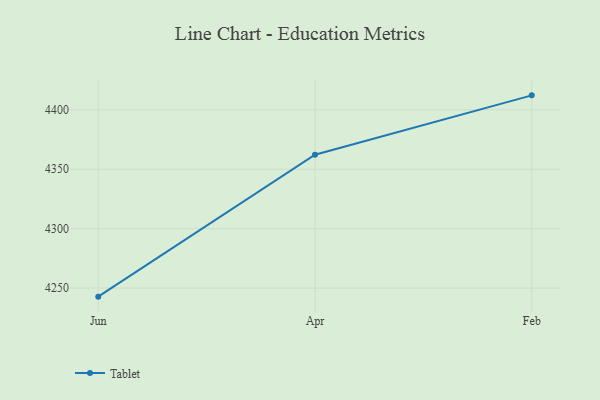
{"axis": {"x": "Month", "y": "Customer Acquisition Cost (USD)"}, "legend": ["Tablet"], "data": [{"x": "Jun", "y": 4242.8, "type": "Tablet"}, {"x": "Apr", "y": 4362.2, "type": "Tablet"}, {"x": "Feb", "y": 4412.2, "type": "Tablet"}]}